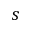
s